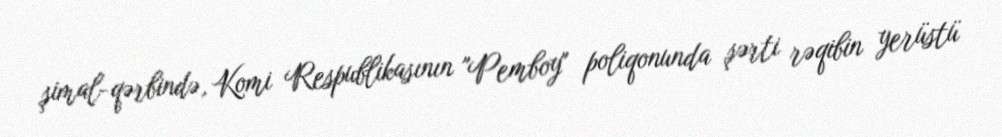
şimal-qərbində, Komi Respublikasının "Pemboy" poliqonunda şərti rəqibin yerüstü